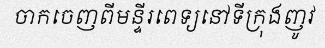
ចាកចេញពីមន្ទីរពេទ្យនៅទីក្រុងញូវ